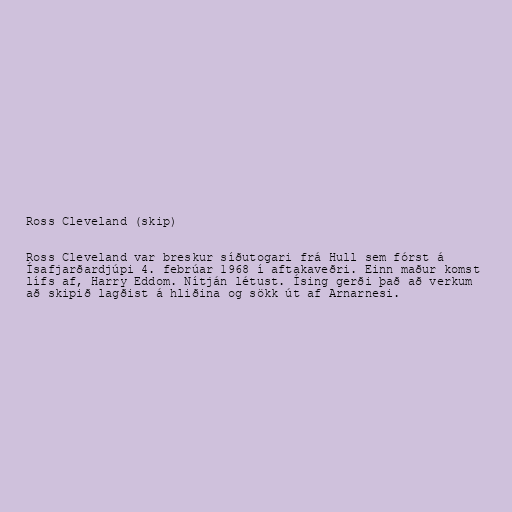
Ross Cleveland (skip)

Ross Cleveland var breskur síðutogari frá Hull sem fórst á
Ísafjarðardjúpi 4. febrúar 1968 í aftakaveðri. Einn maður komst
lífs af, Harry Eddom. Nítján létust. Ísing gerði það að verkum
að skipið lagðist á hliðina og sökk út af Arnarnesi.